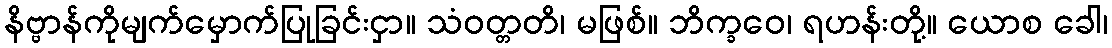
နိဗ္ဗာန်ကိုမျက်မှောက်ပြုခြင်းငှာ။ သံဝတ္တတိ၊ မဖြစ်။ ဘိက္ခဝေ၊ ရဟန်းတို့။ ယောစ ခေါ၊